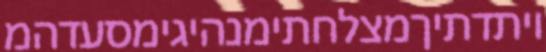
ויתדתיךמצלחתימנהיגימסעדהמ